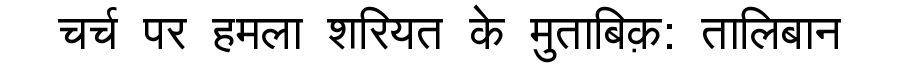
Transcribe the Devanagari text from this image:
चर्च पर हमला शरियत के मुताबिक़: तालिबान